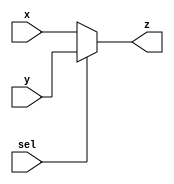
module Mux2to1(input sel , input [31:0] x , input [31:0] y , output reg [31:0]z);
always @(x or y or sel)
begin
if(sel==0)
begin
z=x;
end
else if (sel==1)
begin
z=y;
end
else
begin
z=1'b x;
end
end
endmodule